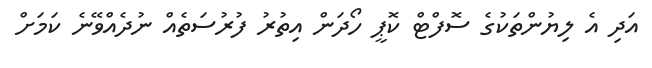
އަދި އެ ލިޔުންތަކުގެ ސޮފްޓް ކޮޕީ ހޯދަން އިތުރު ފުރުސަތެއް ނުދެއްވޭނެ ކަމަށް